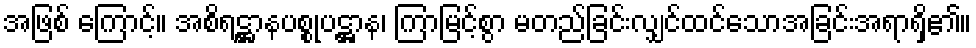
အဖြစ် ကြောင့်။ အစိရဋ္ဌာနပစ္စုပဋ္ဌာန၊ ကြာမြင့်စွာ မတည်ခြင်းလျှင်ထင်သောအခြင်းအရာရှိ၏။